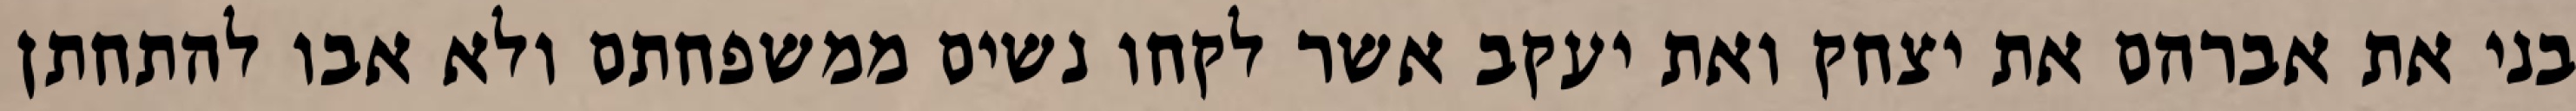
בני את אברהם את יצחק ואת יעקב אשר לקחו נשים ממשפחתם ולא אבו להתחתן